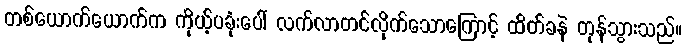
တစ်ယောက်ယောက်က ကိုယ့်ပခုံးပေါ် လက်လာတင်လိုက်သောကြောင့် ထိတ်ခနဲ တုန်သွားသည်။